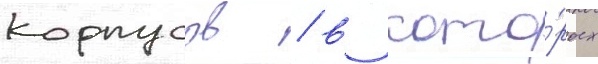
корпусов / в кото́рых